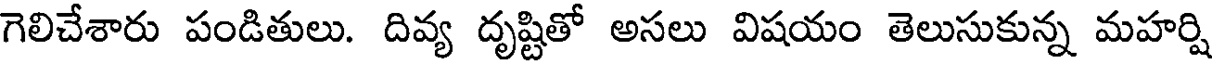
గెలిచేశారు పండితులు. దివ్య దృష్టితో అసలు విషయం తెలుసుకున్న మహర్షి